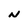
Character: N